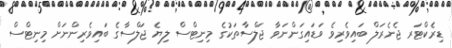
ޑިރެކްޓަރ ޖެނެރަލް ބައިވެރިވެ ވަޑައިގަންނަވާ ޖަލްސާތަކުގެ މިނިޓްސް ލިޔެ ޖަލްސާގެ ބައިވެރިންނަށް މިނިޓްސް